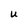
Character: U